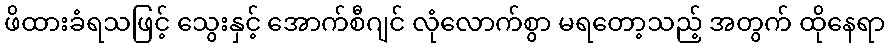
ဖိထားခံရသဖြင့် သွေးနှင့် အောက်စီဂျင် လုံလောက်စွာ မရတော့သည့် အတွက် ထိုနေရာ